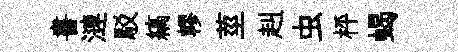
書漣駁縞轇莖赳虫枰蝎